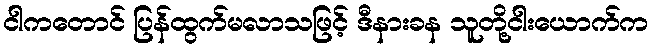
ငါကတောင် ပြန်ထွက်မလာသဖြင့် ဒီနားခန သူတို့ငါးယောက်က